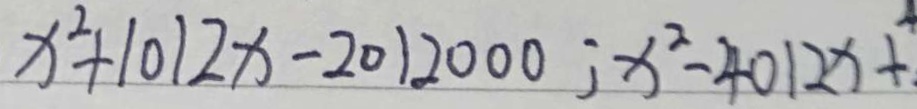
x ^ { 2 } + 1 0 1 2 x - 2 0 1 2 0 0 0 ; x ^ { 2 } - 4 0 1 2 x + ^ { 4 }